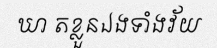
ឃា តខ្លួនឯងទាំងវ័យ